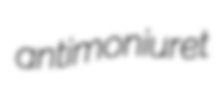
antimoniuret